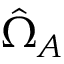
\hat { \Omega } _ { A }